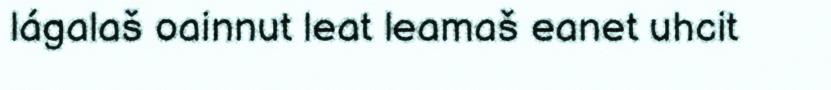
lágalaš oainnut leat leamaš eanet uhcit